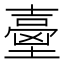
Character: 𡔼